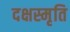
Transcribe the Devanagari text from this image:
दक्षस्मृति